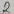
Text: 2